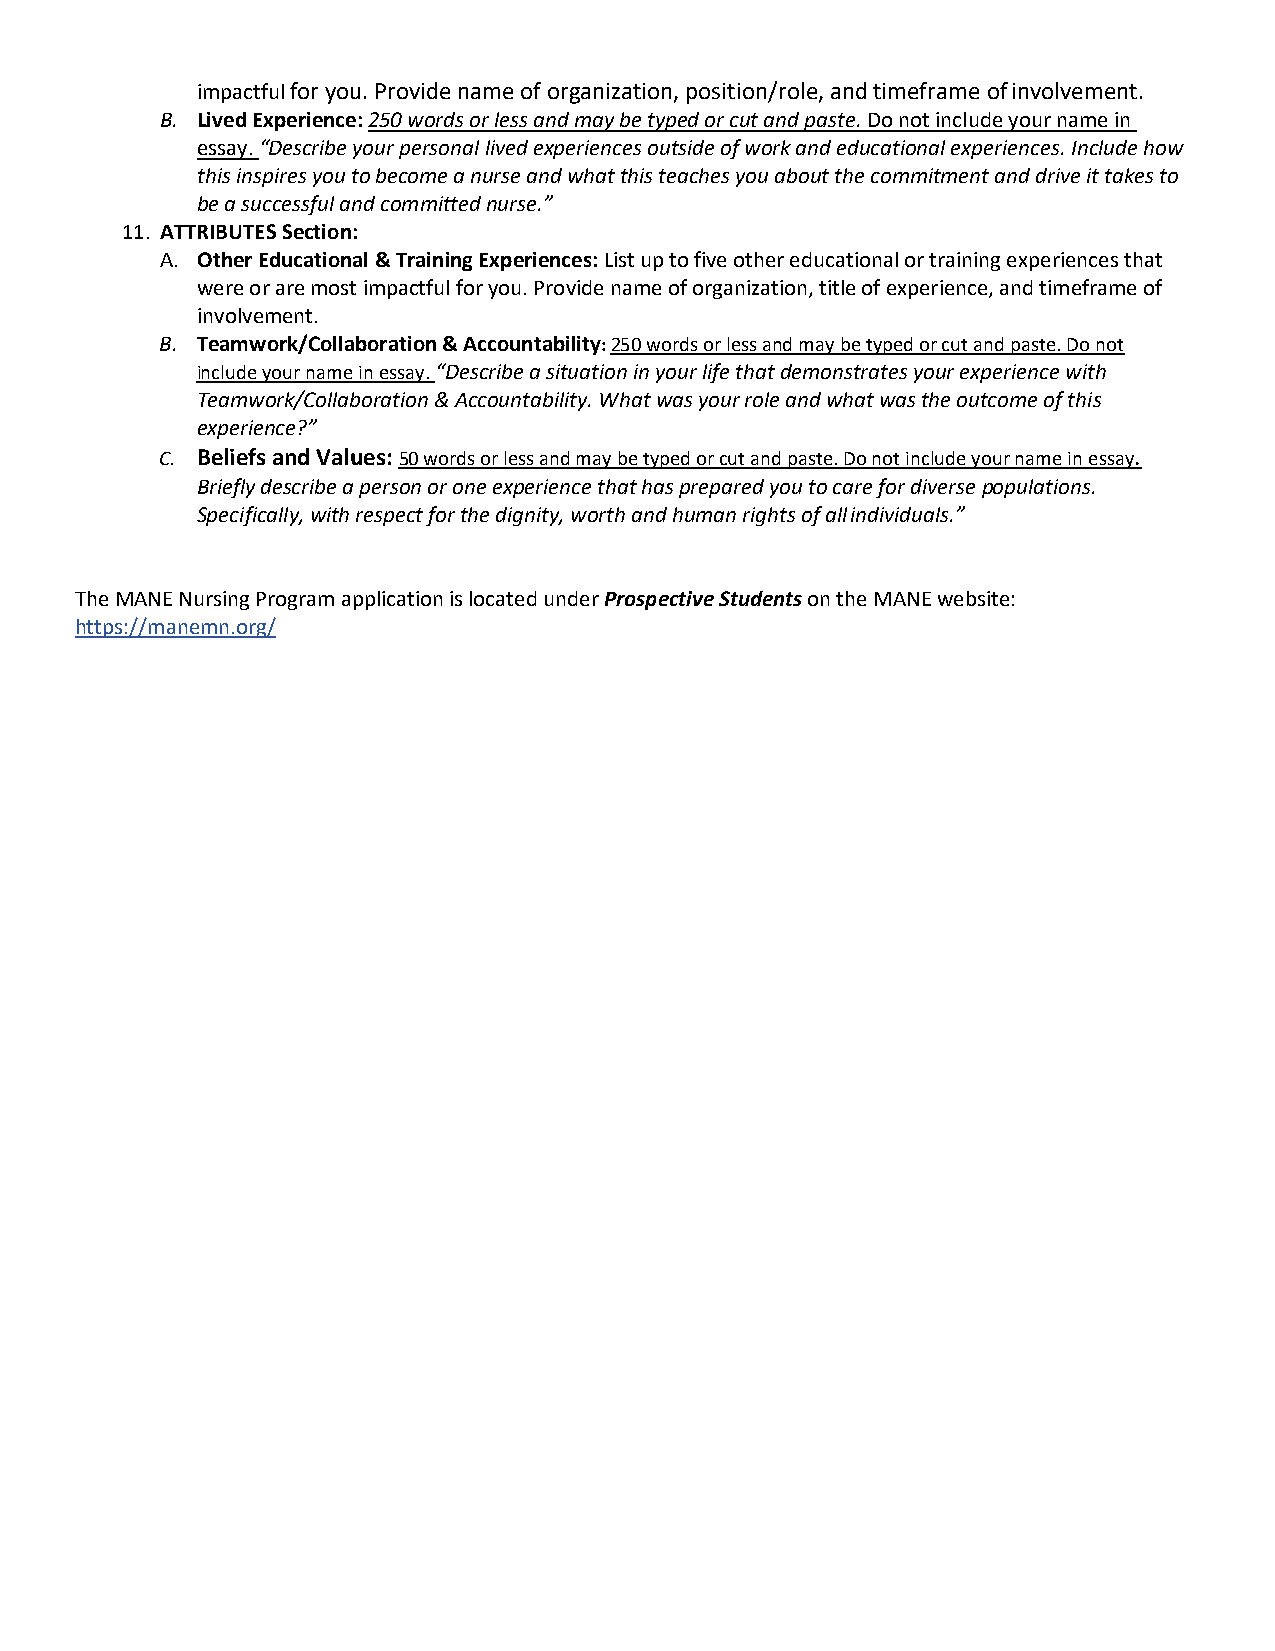
impactful for you. Provide name of organization, position/role, and timeframe of involvement.
 B. Lived Experience: 250 words or less and may be typed or cut and paste. Do not include your name in
 essay. “Describe your personal lived experiences outside of work and educational experiences. Include how
 this inspires you to become a nurse and what this teaches you about the commitment and drive it takes to
 be a successful and committed nurse.”
 11. ATTRIBUTES Section:
 A. Other Educational & Training Experiences: List up to five other educational or training experiences that
 were or are most impactful for you. Provide name of organization, title of experience, and timeframe of
 involvement.
 B. Teamwork/Collaboration & Accountability: 250 words or less and may be typed or cut and paste. Do not
 include your name in essay. “Describe a situation in your life that demonstrates your experience with
 Teamwork/Collaboration & Accountability. What was your role and what was the outcome of this
 experience?”
 C. Beliefs and Values: 50 words or less and may be typed or cut and paste. Do not include your name in essay.
 Briefly describe a person or one experience that has prepared you to care for diverse populations.
 Specifically, with respect for the dignity, worth and human rights of all individuals.”
 The MANE Nursing Program application is located under Prospective Students on the MANE website:
 https://manemn.org/